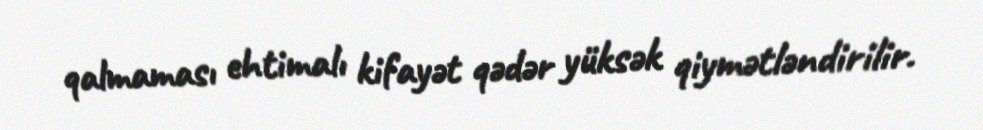
qalmaması ehtimalı kifayət qədər yüksək qiymətləndirilir.